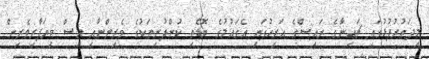
މިދަތުރުފުޅުގައި ޗައިނާގެ ރައީސްގެ އަރިހުގައި އެގައުމުގެ ބޮޑެތި ކުންފުނިތަކުގެ ވެރިންނާއި އިސް ވިޔަފާރިވެރިން